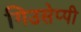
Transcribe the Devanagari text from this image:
गिउसेप्पी